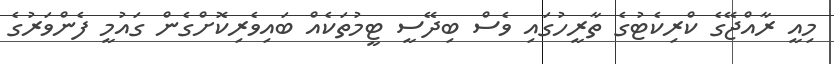
މިއީ ރާއްޖޭގެ ކްރިކެޓުގެ ތާރީހުގައި ވެސް ބިދޭސީ ޓީމުތަކެއް ބައިވެރިކޮށްގެން ގައުމީ ފެންވަރުގެ